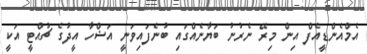
އެމްއެންޑީއެފް އިން މިރޭ ނެރުނު ބަޔާނެއްގައި ބުނެފައިވަނީ އަޟްހާ އީދުގެ ޗުއްޓީ އަކީ